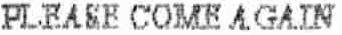
PLEASE COME AGAIN